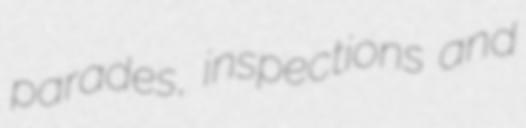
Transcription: parades, inspections and